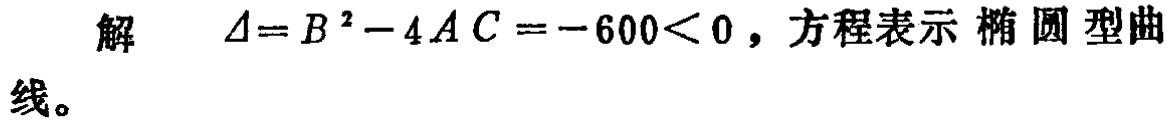
解 $\Delta = B^{2}-4AC = - 600<0$，方程表示 椭圆 型曲线。